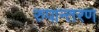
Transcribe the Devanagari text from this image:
रुपान्‍तरण